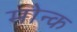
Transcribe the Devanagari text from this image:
मोन्क